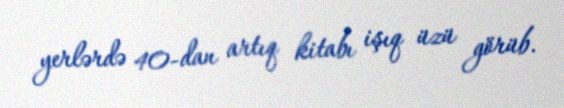
yerlərdə 40-dan artıq kitabı işıq üzü görüb.